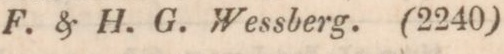
F. & H. G. Wessberg. (2240)